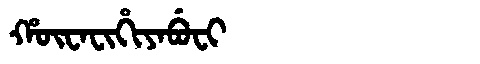
Manchu: ᡥᡡᠸᠠᠸᡳᡥᡳᠶᠠᠪᡠᠸᡳ
Romanization: HŪWAFIHIYABUFI